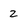
Character: 2